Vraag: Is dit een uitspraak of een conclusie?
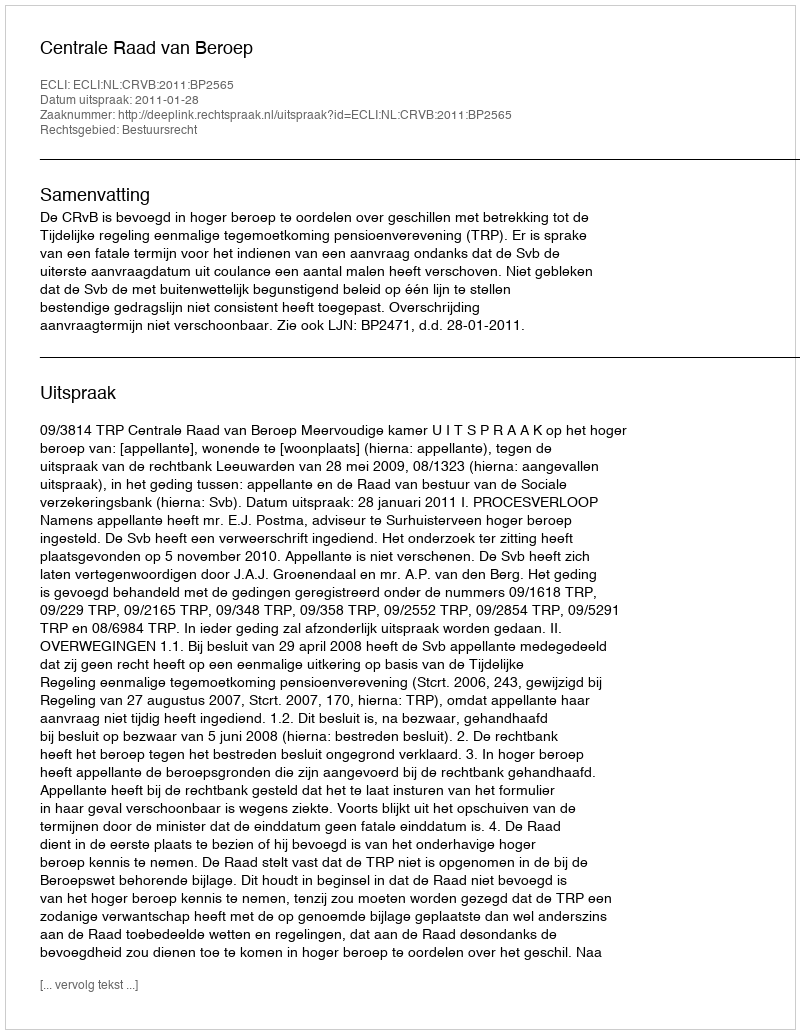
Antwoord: Uitspraak